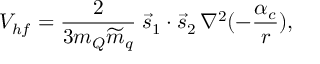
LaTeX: V _ { h f } = { \frac { 2 } { 3 m _ { Q } { \widetilde { m } } _ { q } } } \; \vec { s } _ { 1 } \cdot \vec { s } _ { 2 } \, \nabla ^ { 2 } ( - { \frac { \alpha _ { c } } { r } } ) ,